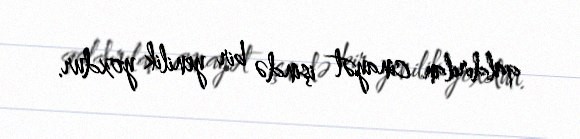
qaldırılan cinayət işində bir yenilik yoxdur.